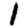
Digit: 1